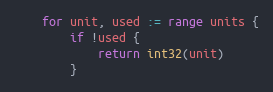
Language: Go
	for unit, used := range units {
		if !used {
			return int32(unit)
		}